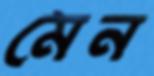
মেন